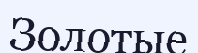
Золотые